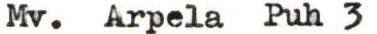
Mv. Arpela Puh 3